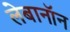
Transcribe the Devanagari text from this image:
लेबानॉन